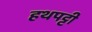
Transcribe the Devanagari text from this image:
हथपट्टी